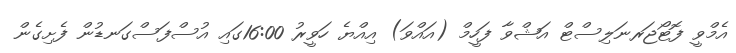
އެމްވީ ފޮޓޯޖަރނަލިސްޓް އަޝްވާ ފަހީމް (އައްވަ) އިއްޔެ ހަވީރު 16:00ގައި އުސްފަސްގަނޑުން ފެށިގެން